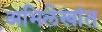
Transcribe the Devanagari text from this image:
अभिलेखांत